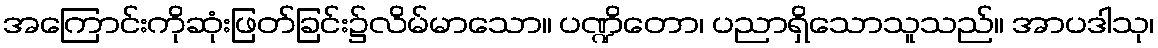
အကြောင်းကိုဆုံးဖြတ်ခြင်း၌လိမ်မာသော။ ပဏ္ဍိတော၊ ပညာရှိသောသူသည်။ အာပဒါသု၊